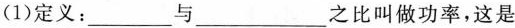
(1)定义：___与___之比叫做功率，这是